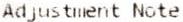
ADJUSTMENT NOTE